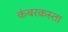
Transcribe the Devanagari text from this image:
कंबरकस्ता